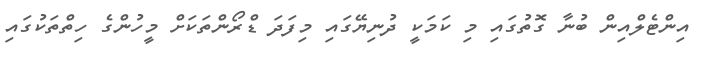
އިންޓެލްއިން ބުނާ ގޮތުގައި މި ކަމަކީ ދުނިޔޭގައި މިފަދަ ޑްރޯންތަކަށް މީހުންގެ ހިތްތަކުގައި